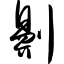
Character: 劓